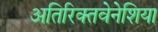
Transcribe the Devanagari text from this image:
अतिरिक्तवेनेशिया